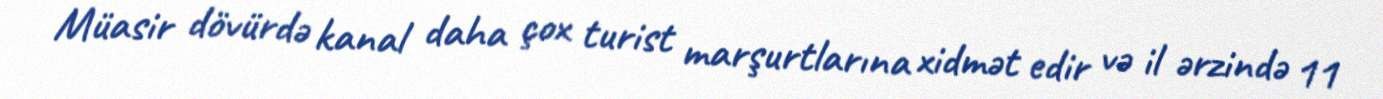
Müasir dövürdə kanal daha çox turist marşurtlarına xidmət edir və il ərzində 11